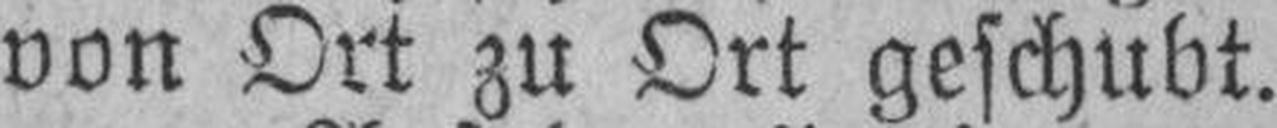
von Ort zu Ort geschubt.